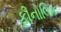
ફીનોલિક